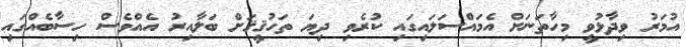
އުމަރު ވިދާޅުވީ މިހާތަނަށް އެމައްސަލައިގައި ކުރެވި ދިޔަ ތަހުޤީޤަށް ބަލާއިރު އެއްވެސް ހިސާބެއްގައި